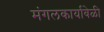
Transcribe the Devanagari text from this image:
मंगलकार्यावेळी